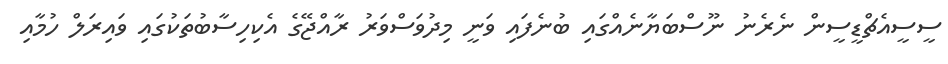
ސީސީއެޗްޑީސީން ނެރެނު ނޫސްބަޔާނެއްގައި ބުނެފައި ވަނީ މިދުވަސްވަރު ރާއްޖޭގެ އެކިހިސާބުތަކުގައި ވައިރަލް ހުމާއި